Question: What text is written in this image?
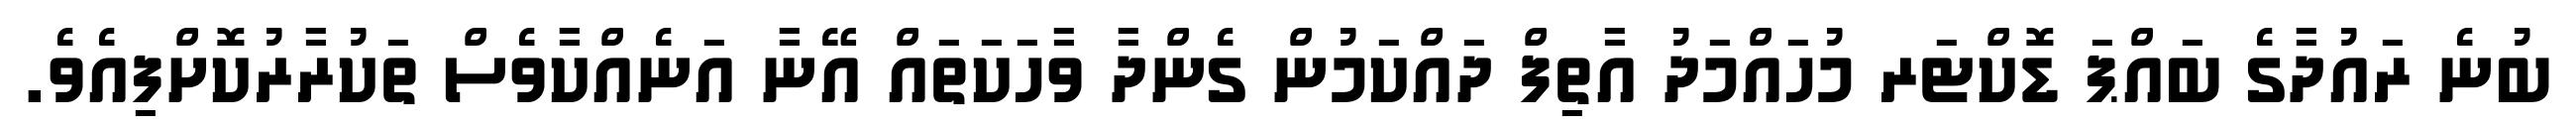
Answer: ބުނެ ރައުދާގެ ބައްޕަ ޑޮކްޓަރ މުހައްމަދު އާތިފް ދައްކަމުން ގެންދާ ވާހަކަތައް އޭނާ އަނެއްކާވެސް ތަކުރާރުކޮށްފިއެވެ.